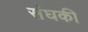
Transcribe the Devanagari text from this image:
संघकी